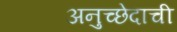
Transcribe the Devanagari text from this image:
अनुच्छेदाची